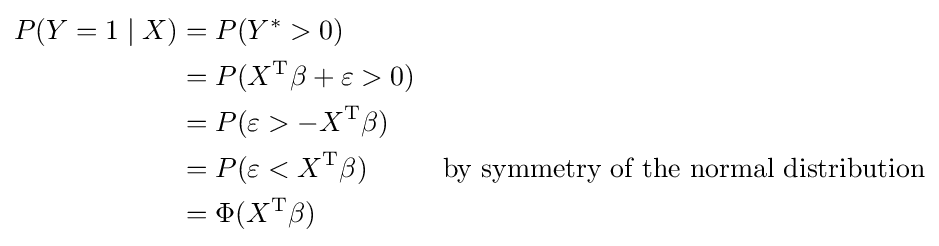
{\begin{aligned}P(Y=1\mid X)&=P(Y^{\ast }>0)\\&=P(X^{\operatorname {T} }\beta +\varepsilon >0)\\&=P(\varepsilon >-X^{\operatorname {T} }\beta )\\&=P(\varepsilon <X^{\operatorname {T} }\beta )&{\text{by symmetry of the normal distribution}}\\&=\Phi (X^{\operatorname {T} }\beta )\end{aligned}}